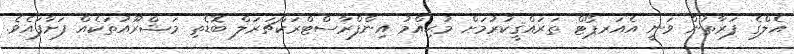
އެލްގެ ފަރާތުން ވަނީ އެއަރޕޯޓް ތަރައްޤީކުރުމަށް މުޙިއްމު އިންފްރާސްޓްރަކްޗަރަލް ބޮޑެތި މަޝްރޫއުތަކެއް ފަށާފައެވެ.